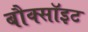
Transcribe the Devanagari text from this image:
बौक्सॉइट